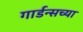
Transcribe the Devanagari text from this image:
गार्डन्सच्या